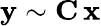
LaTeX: \mathbf{y}\sim\mathbf{C}\, \mathbf{x}